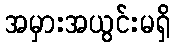
အမှားအယွင်းမရှိ